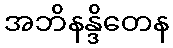
အဘိနန္ဒိတေန